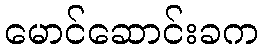
မောင်ဆောင်းခက